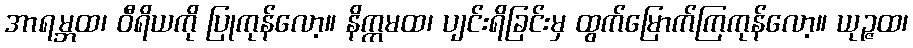
အာရမ္ဘထ၊ ဝီရိယကို ပြုကုန်လော့။ နိက္ကမထ၊ ပျင်းရိခြင်းမှ ထွက်မြောက်ကြကုန်လော့။ ယုဉ္ဇထ၊